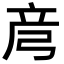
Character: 𫸲